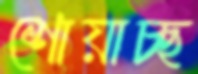
শোয়াচ্ছ